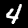
Label: 4